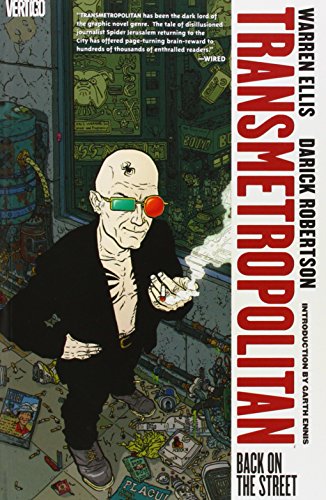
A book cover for Transmetropolitan, Vol. 1: Back on the Street; Warren Ellis; Comics & Graphic Novels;